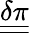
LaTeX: \underline{{\underline{{\mathbf{\delta\pi}}}}}